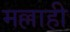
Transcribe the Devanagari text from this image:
मल्लाही